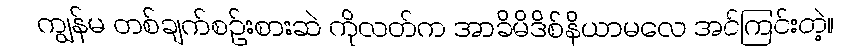
ကျွန်မ တစ်ချက်စဉ်းစားဆဲ ကိုလတ်က အာခိမိဒိစ်နိယာမလေ အင်ကြင်းတဲ့။